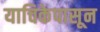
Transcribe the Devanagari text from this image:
याचिकेपासून